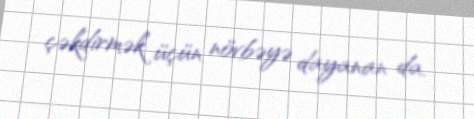
çəkdirmək üçün növbəyə dayanan da.